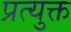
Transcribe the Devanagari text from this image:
प्रत्युक्त